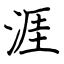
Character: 涯